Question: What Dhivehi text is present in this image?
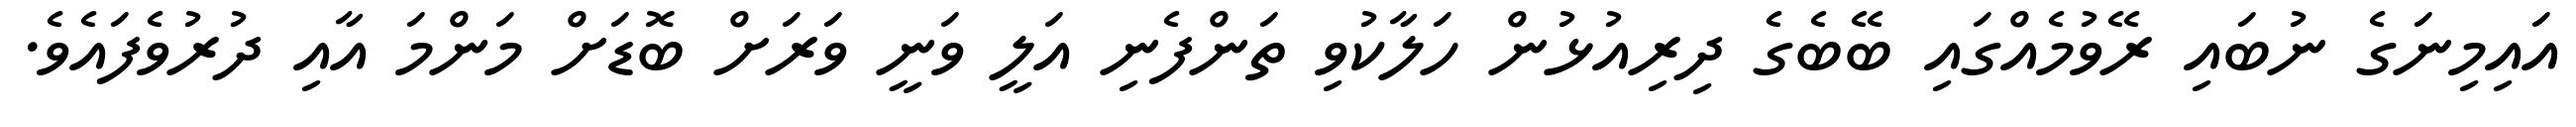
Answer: އައިމިނަގެ ނުބައި ރޭވުމެއްގައި ބޭބެގެ ދިރިއުޅުން ހަލާކުވި ތަންފެނި އަލީ ވަނީ ވަރަށް ބޮޑަށް މަންމަ އާއި ދުރުވެފައެވެ.